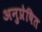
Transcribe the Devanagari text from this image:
अनुप्रेषित